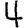
Digit: 4